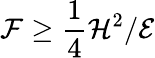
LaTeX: {\cal F}\ge{\frac{1}{4}}{{\cal H}^{2}/{\cal E}}